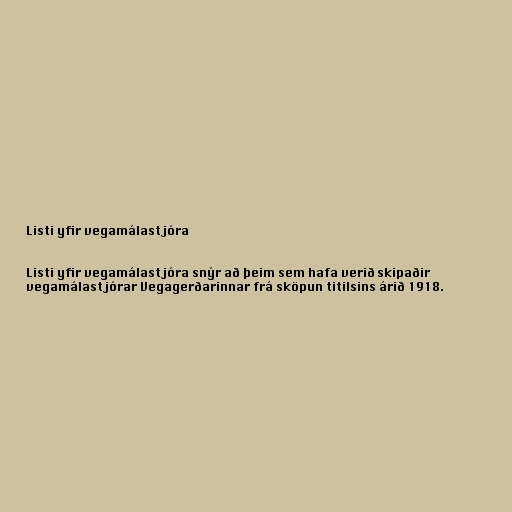
Listi yfir vegamálastjóra

Listi yfir vegamálastjóra snýr að þeim sem hafa verið skipaðir
vegamálastjórar Vegagerðarinnar frá sköpun titilsins árið 1918.